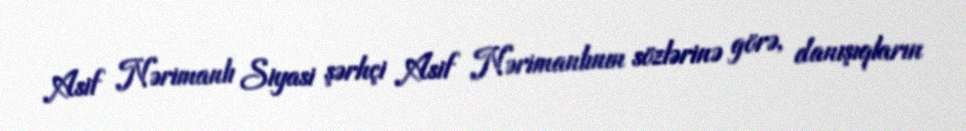
Asif Nərimanlı Siyasi şərhçi Asif Nərimanlının sözlərinə görə, danışıqların